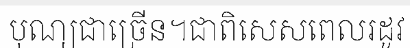
បុណ្យជាច្រើន។ជាពិសេសពេលរដូវ